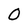
Character: 0